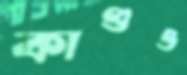
কাণ্ডও